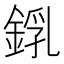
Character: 𨨜